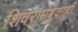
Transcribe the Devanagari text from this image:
शिवरामबुवाही